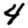
Digit: 4